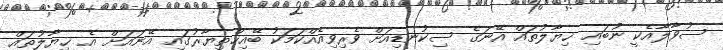
ސުވާލާއެކީ ނުބައި ޚިޔާލުތައް އޭނަގެ ސިކުނޑިއަށް ވެރިވިއެއްކަމަކު ބޭއިޚްތިޔާރުގައި އޭނައަށް އެ ޚިޔާލުތައް